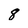
Character: 8